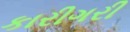
કારીગરી